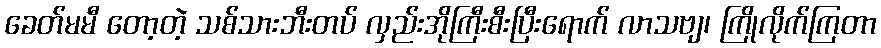
ခေတ်မမီ တော့တဲ့ သစ်သားဘီးတပ် လှည်းအိုကြီးစီးပြီးရောက် လာသဗျ၊ ကြိုလိုက်ကြတာ